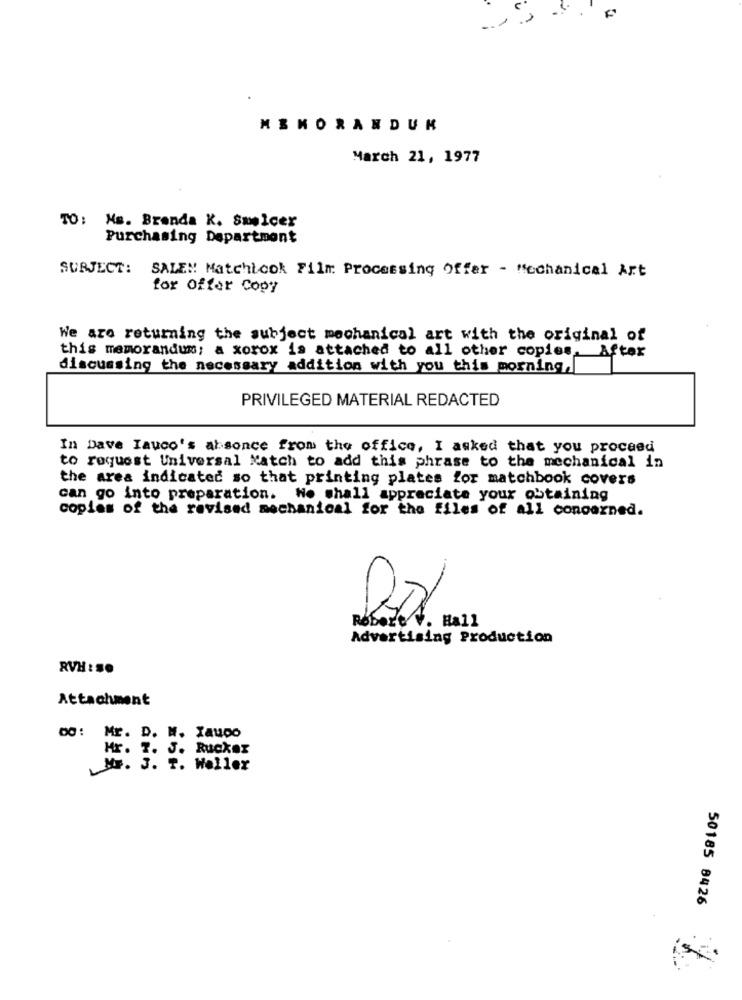
MEMORANDUM
March 21, 1977
TO: Ms. Brenda K. Smelcer
Purchasing Department
SUBJECT: SALEN Matchbook Film Processing Offer - Mechanical Art
for Offer Copy
We are returning the subject mechanical art with the original of
this memorandum; a xorox is attached to all other copies. After
discussing the necessary addition with you this morning,
PRIVILEGED MATERIAL REDACTED
In Dave Iauco's absonce from the office, I asked that you proceed
to request Universal Natch to add this phrase to the mechanical in
the area indicated so that printing plates for matchbook covers
can go into preparation. We shall appreciate your obtaining
copies of the revised mechanical for the files of all concerned.
Robert V. Hall
Advertising Production
RVH : S.
Attachment
00: Mr. D. W. Xaupo
Hr. 7. J. Rucker
M. J. T. Weller
50185 8426